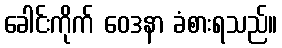
ခေါင်းကိုက် ဝေဒနာ ခံစားရသည်။